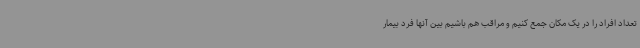
تعداد افراد را در یک مکان جمع کنیم و مراقب هم باشیم بین آنها فرد بیمار